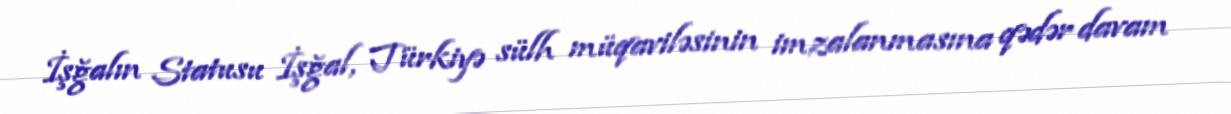
İşğalın Statusu İşğal, Türkiyə sülh müqaviləsinin imzalanmasına qədər davam